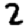
Digit: 2